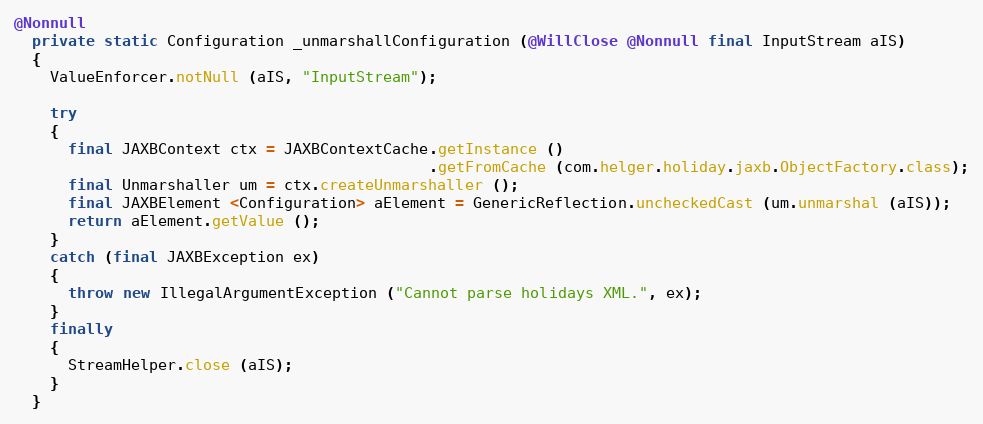
Language: Java
@Nonnull
  private static Configuration _unmarshallConfiguration (@WillClose @Nonnull final InputStream aIS)
  {
    ValueEnforcer.notNull (aIS, "InputStream");

    try
    {
      final JAXBContext ctx = JAXBContextCache.getInstance ()
                                              .getFromCache (com.helger.holiday.jaxb.ObjectFactory.class);
      final Unmarshaller um = ctx.createUnmarshaller ();
      final JAXBElement <Configuration> aElement = GenericReflection.uncheckedCast (um.unmarshal (aIS));
      return aElement.getValue ();
    }
    catch (final JAXBException ex)
    {
      throw new IllegalArgumentException ("Cannot parse holidays XML.", ex);
    }
    finally
    {
      StreamHelper.close (aIS);
    }
  }